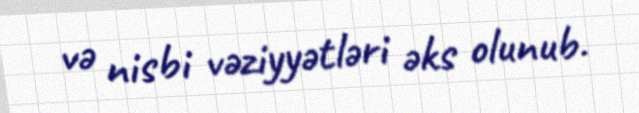
və nisbi vəziyyətləri əks olunub.